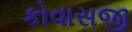
કોવાસજી